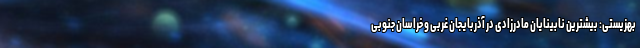
بهزیستی: بیشترین نابینایان مادرزادی در آذربایجان ‌غربی و خراسان‌ جنوبی